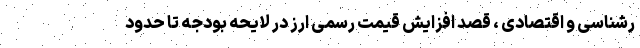
رشناسی و اقتصادی ، قصد افزایش قیمت رسمی ارز در لایحه بودجه تا حدود